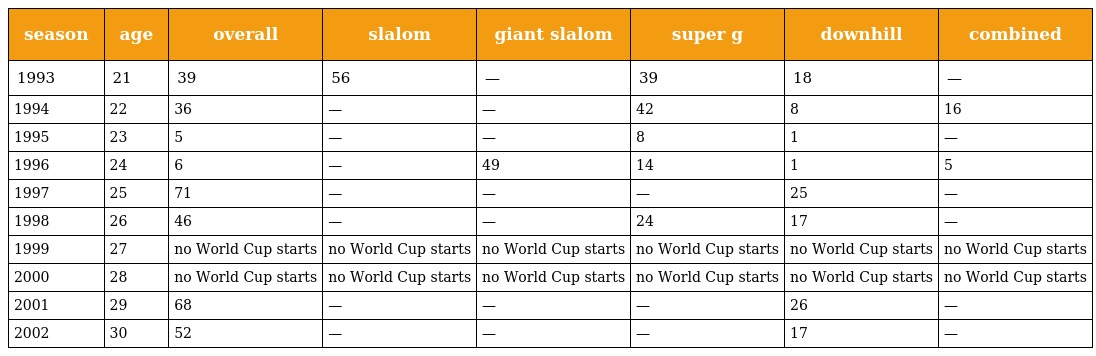
| season | age | overall | slalom | giant slalom | super g | downhill | combined |
 | --- | --- | --- | --- | --- | --- | --- | --- |
 | 1993 | 21 | 39 | 56 | — | 39 | 18 | — |
 | 1994 | 22 | 36 | — | — | 42 | 8 | 16 |
 | 1995 | 23 | 5 | — | — | 8 | 1 | — |
 | 1996 | 24 | 6 | — | 49 | 14 | 1 | 5 |
 | 1997 | 25 | 71 | — | — | — | 25 | — |
 | 1998 | 26 | 46 | — | — | 24 | 17 | — |
 | 1999 | 27 | no World Cup starts | no World Cup starts | no World Cup starts | no World Cup starts | no World Cup starts | no World Cup starts |
 | 2000 | 28 | no World Cup starts | no World Cup starts | no World Cup starts | no World Cup starts | no World Cup starts | no World Cup starts |
 | 2001 | 29 | 68 | — | — | — | 26 | — |
 | 2002 | 30 | 52 | — | — | — | 17 | — |